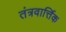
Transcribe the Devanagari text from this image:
तंत्रवार्त्तिक